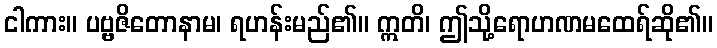
ငါကား။ ပဗ္ဗဇိတောနာမ၊ ရဟန်းမည်၏။ ဣတိ၊ ဤသို့ရောဟဏမထေရ်ဆို၏။